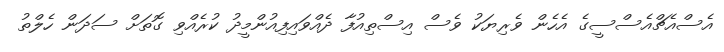
އެސްއެޗްއެސްސީގެ އެހެން ވެރިޔަކު ވެސް އިސްތިއުފާ ދެއްވައިފިއުންމީދު ކުރެއްވި ގޮތަށް ސަދަން ހެލްތު